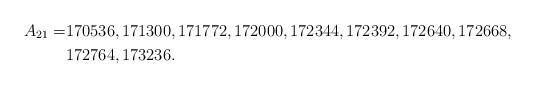
LaTeX: \begin{align*}A_{21} =&170536, 171300, 171772, 172000, 172344, 172392, 172640, 172668,\\&172764, 173236.\end{align*}